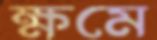
ক্ষমে